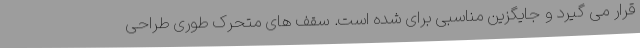
قرار می گیرد و جایگزین مناسبی برای شده است. سقف های متحرک طوری طراحی